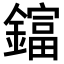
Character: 𨬬